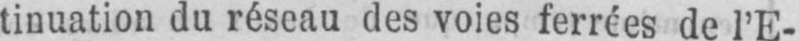
tinuation du réseau des voies ferrées de l’E-